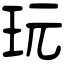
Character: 玩